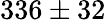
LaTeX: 336\pm 32